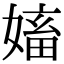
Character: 㜅